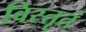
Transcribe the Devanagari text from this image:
विस्तृतं